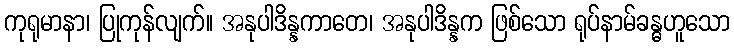
ကုရုမာနာ၊ ပြုကုန်လျက်။ အနုပါဒိန္နကာတေ၊ အနုပါဒိန္နက ဖြစ်သော ရုပ်နာမ်ခန္ဓဟူသော